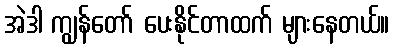
အဲဒါ ကျွန်တော် ပေးနိုင်တာထက် များနေတယ်။